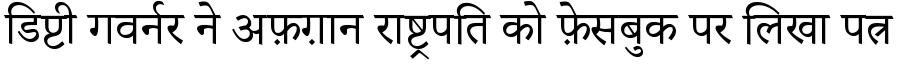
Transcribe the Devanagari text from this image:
डिप्टी गवर्नर ने अफ़ग़ान राष्ट्रपति को फ़ेसबुक पर लिखा पत्र